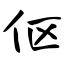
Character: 伛